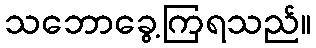
သဘောခွေ့ကြရသည်။